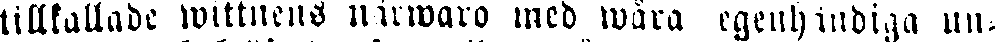
tillkallade wittnens närwaro med wära egenhändiga un-